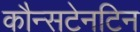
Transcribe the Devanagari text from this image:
कौन्सटेनटिन